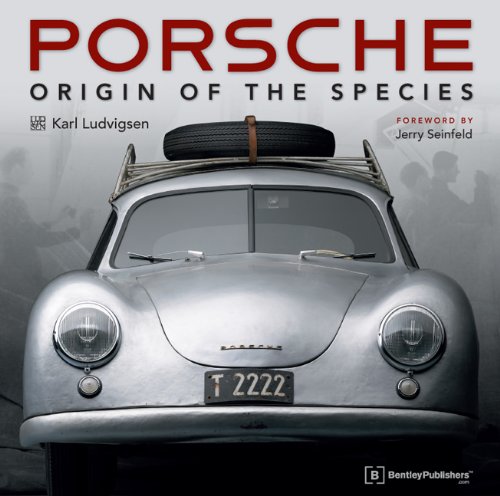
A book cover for Porsche - Origin of the Species with Foreword by Jerry Seinfeld; Karl Ludvigsen; Engineering & Transportation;